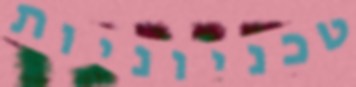
טכניוניות